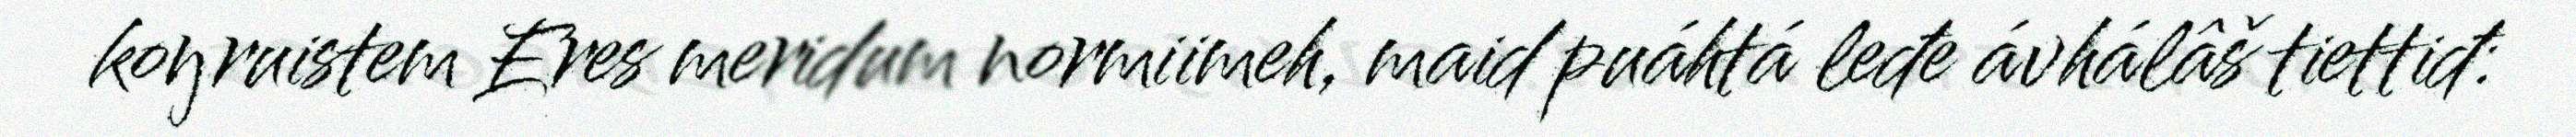
koŋruistem Eres meridum normiimeh, maid puáhtá leđe ávhálâš tiettiđ: